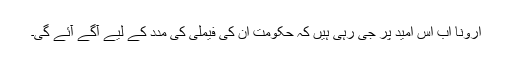
ارونا اب اس امید پر جی رہی ہیں کہ حکومت ان کی فیملی کی مدد کے لیے آگے آئے گی۔